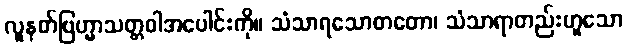
လူနတ်ဗြဟ္မာသတ္တဝါအပေါင်းကို။ သံသာရသောတတော၊ သံသာရာတည်းဟူသော